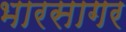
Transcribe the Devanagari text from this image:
भारसागर